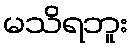
မသိရဘူး